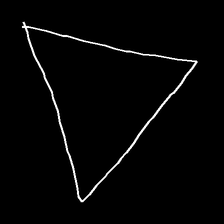
Glyph: convergence